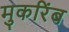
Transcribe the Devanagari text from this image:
मुकरिंब